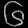
Digit: ၆